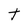
Character: t